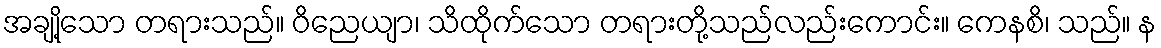
အချို့သော တရားသည်။ ဝိညေယျာ၊ သိထိုက်သော တရားတို့သည်လည်းကောင်း။ ကေနစိ၊ သည်။ န